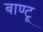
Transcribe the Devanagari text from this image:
बाण्टू